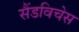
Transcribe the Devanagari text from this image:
सैंडविचेस